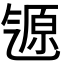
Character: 𬇒